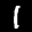
Label: 1